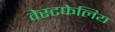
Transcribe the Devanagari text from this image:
वेस्टफेलिय